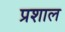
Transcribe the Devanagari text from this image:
प्रशाल